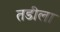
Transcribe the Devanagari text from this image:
तडीला